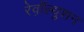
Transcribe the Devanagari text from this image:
रेव़ाॅल्युशन